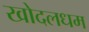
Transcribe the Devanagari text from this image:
खोदलधम